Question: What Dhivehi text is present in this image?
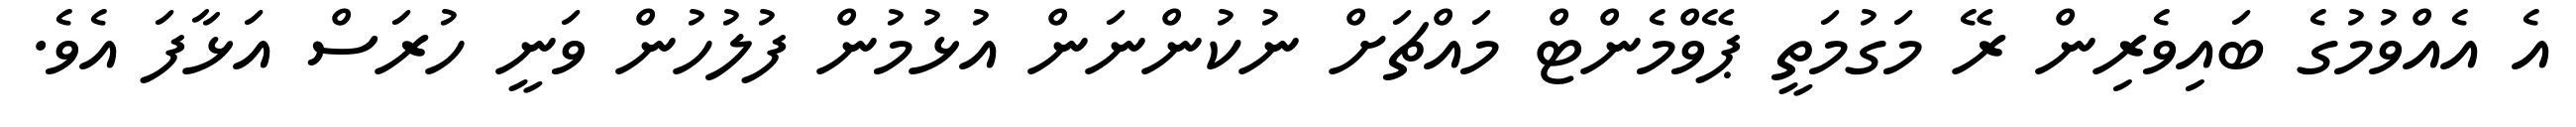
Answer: އެ އެއްވުމުގެ ބައިވެރިން ރޭ މަގުމަތީ ޕޭވްމެންޓް މައްޗަށް ނުކުންނަން އުޅުމުން ފުލުހުން ވަނީ ހުރަސް އަޅާފަ އެވެ.